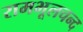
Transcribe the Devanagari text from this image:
रामभूलचन्द